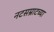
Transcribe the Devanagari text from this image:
नटसम्राटच्या